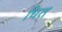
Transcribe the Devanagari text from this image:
धित